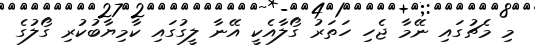
މި މެޗުގައި ނޭމާ ޖެހި ހަތަރު ގޯލާއެކީ އޭނާ ލީގުގައި ކާމިޔާބުކުރި ގޯލުގެ